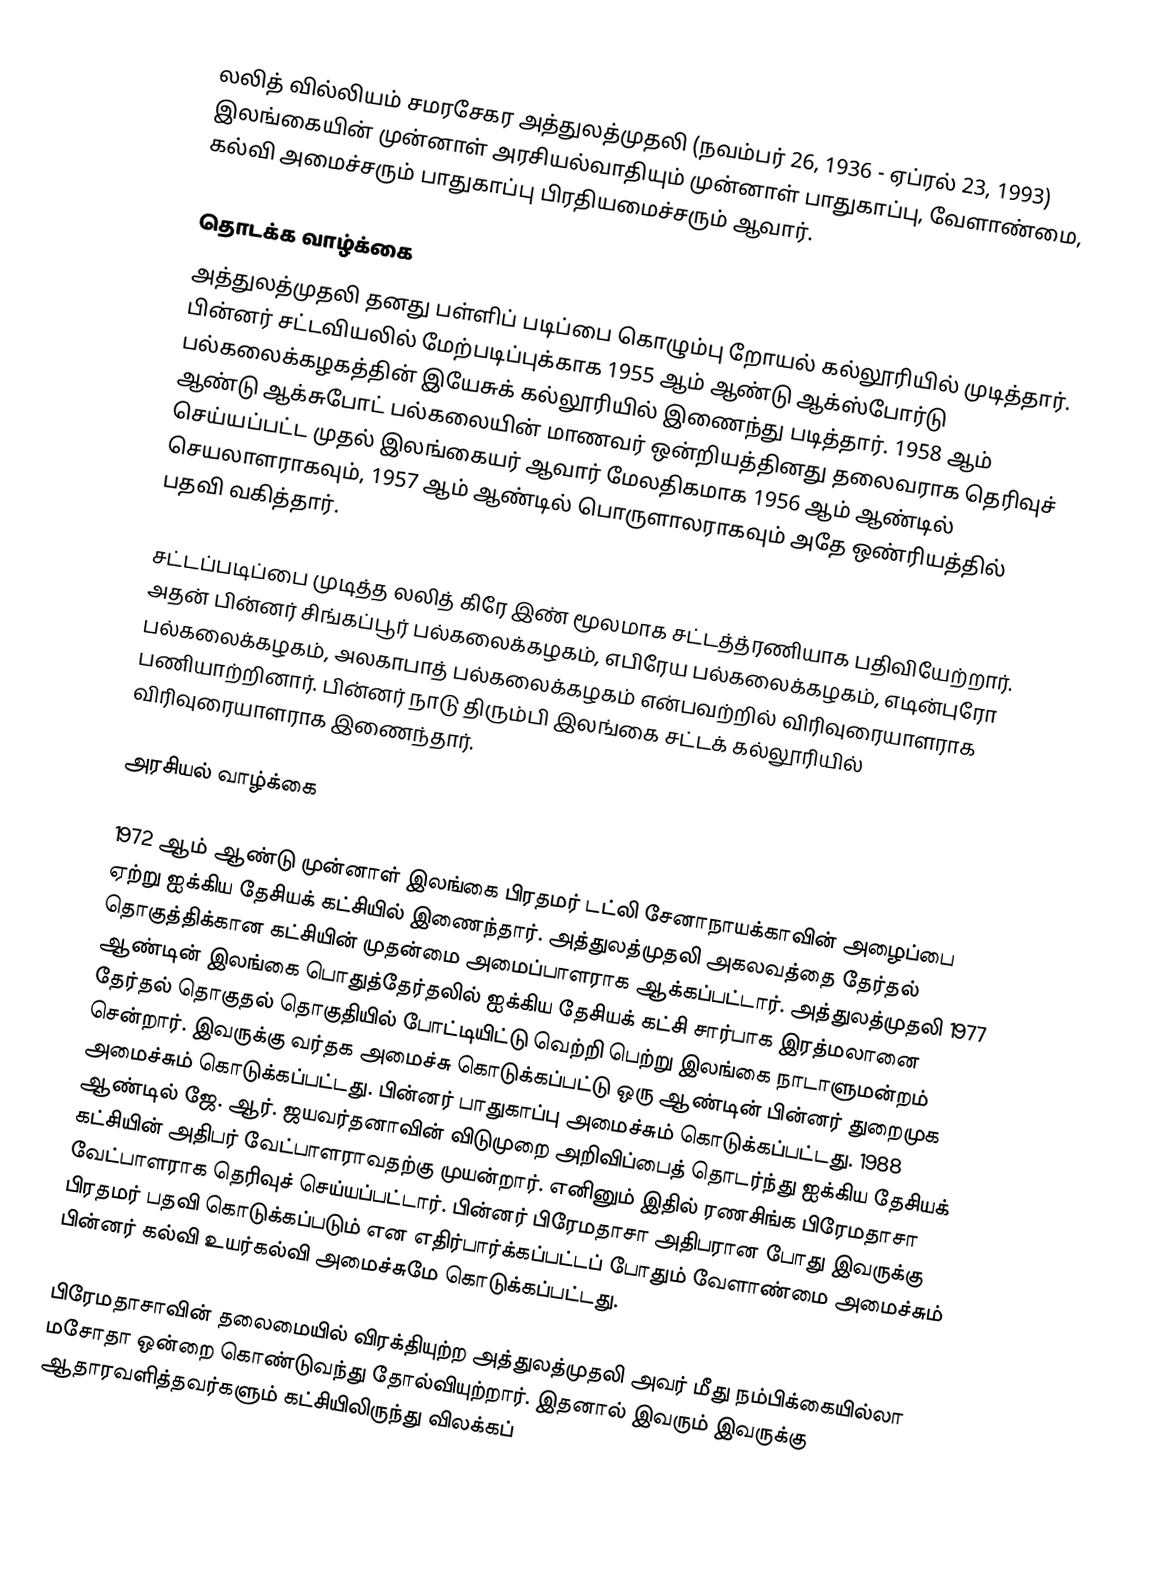
லலித் வில்லியம் சமரசேகர அத்துலத்முதலி (நவம்பர் 26, 1936 - ஏப்ரல் 23, 1993) இலங்கையின் முன்னாள் அரசியல்வாதியும் முன்னாள் பாதுகாப்பு, வேளாண்மை, கல்வி அமைச்சரும் பாதுகாப்பு பிரதியமைச்சரும் ஆவார்.

தொடக்க வாழ்க்கை
அத்துலத்முதலி தனது பள்ளிப் படிப்பை கொழும்பு றோயல் கல்லூரியில் முடித்தார். பின்னர் சட்டவியலில் மேற்படிப்புக்காக 1955 ஆம் ஆண்டு ஆக்ஸ்போர்டு பல்கலைக்கழகத்தின் இயேசுக் கல்லூரியில் இணைந்து படித்தார். 1958 ஆம் ஆண்டு ஆக்சுபோட் பல்கலையின் மாணவர் ஒன்றியத்தினது தலைவராக தெரிவுச் செய்யப்பட்ட முதல் இலங்கையர் ஆவார் மேலதிகமாக 1956 ஆம் ஆண்டில் செயலாளராகவும், 1957 ஆம் ஆண்டில் பொருளாலராகவும் அதே ஒண்ரியத்தில் பதவி வகித்தார்.

சட்டப்படிப்பை முடித்த லலித் கிரே இண் மூலமாக சட்டத்த்ரணியாக பதிவியேற்றார். அதன் பின்னர் சிங்கப்பூர் பல்கலைக்கழகம், எபிரேய பல்கலைக்கழகம், எடின்புரோ பல்கலைக்கழகம், அலகாபாத் பல்கலைக்கழகம் என்பவற்றில் விரிவுரையாளராக பணியாற்றினார். பின்னர் நாடு திரும்பி இலங்கை சட்டக் கல்லூரியில் விரிவுரையாளராக இணைந்தார்.

அரசியல் வாழ்க்கை

1972 ஆம் ஆண்டு முன்னாள் இலங்கை பிரதமர் டட்லி சேனாநாயக்காவின் அழைப்பை ஏற்று ஐக்கிய தேசியக் கட்சியில் இணைந்தார். அத்துலத்முதலி அகலவத்தை தேர்தல் தொகுத்திக்கான கட்சியின் முதன்மை அமைப்பாளராக ஆக்கப்பட்டார். அத்துலத்முதலி 1977 ஆண்டின் இலங்கை பொதுத்தேர்தலில் ஐக்கிய தேசியக் கட்சி சார்பாக இரத்மலானை தேர்தல் தொகுதல் தொகுதியில் போட்டியிட்டு வெற்றி பெற்று இலங்கை நாடாளுமன்றம் சென்றார். இவருக்கு வர்தக அமைச்சு கொடுக்கப்பட்டு ஒரு ஆண்டின் பின்னர் துறைமுக அமைச்சும் கொடுக்கப்பட்டது. பின்னர் பாதுகாப்பு அமைச்சும் கொடுக்கப்பட்டது. 1988 ஆண்டில் ஜே. ஆர். ஜயவர்தனாவின் விடுமுறை அறிவிப்பைத் தொடர்ந்து ஐக்கிய தேசியக் கட்சியின் அதிபர் வேட்பாளராவதற்கு முயன்றார். எனினும் இதில் ரணசிங்க பிரேமதாசா வேட்பாளராக தெரிவுச் செய்யப்பட்டார். பின்னர் பிரேமதாசா அதிபரான போது இவருக்கு பிரதமர் பதவி கொடுக்கப்படும் என எதிர்பார்க்கப்பட்டப் போதும் வேளாண்மை அமைச்சும் பின்னர் கல்வி உயர்கல்வி அமைச்சுமே கொடுக்கப்பட்டது.

பிரேமதாசாவின் தலைமையில் விரக்தியுற்ற அத்துலத்முதலி அவர் மீது நம்பிக்கையில்லா மசோதா ஒன்றை கொண்டுவந்து தோல்வியுற்றார். இதனால் இவரும் இவருக்கு ஆதாரவளித்தவர்களும் கட்சியிலிருந்து விலக்கப்